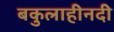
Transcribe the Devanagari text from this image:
बकुलाहीनदी